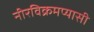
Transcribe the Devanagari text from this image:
नीरविक्रमप्यासी